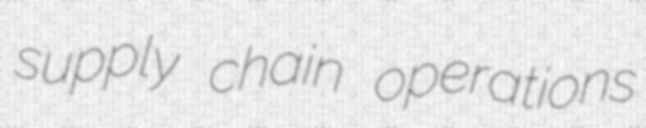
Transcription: supply chain operations